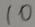
1 0